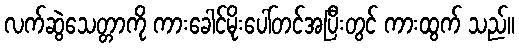
လက်ဆွဲသေတ္တာကို ကားခေါင်မိုးပေါ်တင်အပြီးတွင် ကားထွက် သည်။